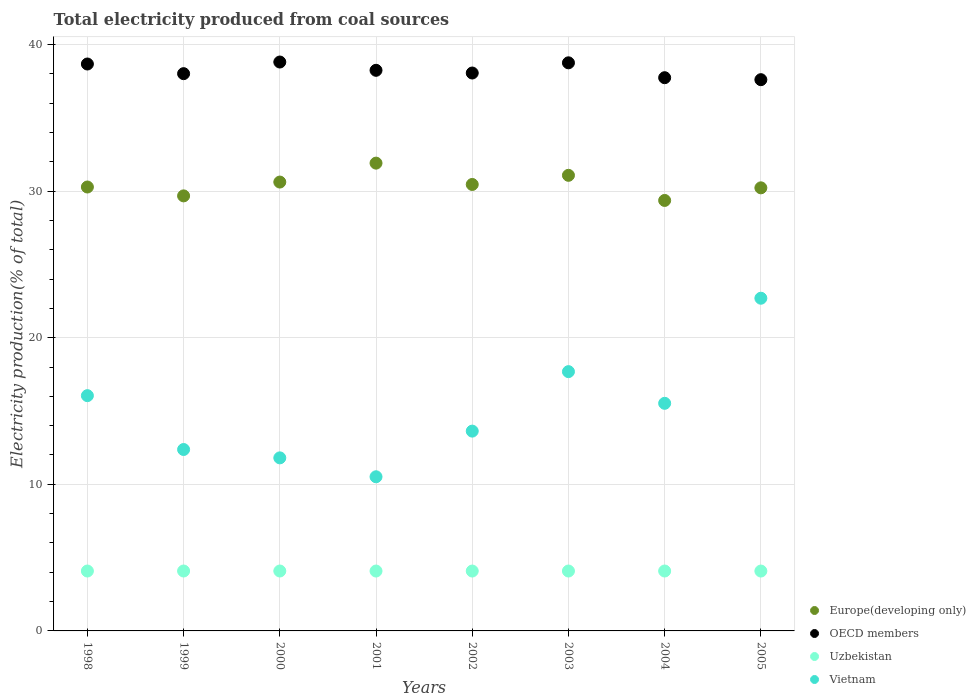
| Years | Europe(developing only) | OECD members | Uzbekistan | Vietnam |
 | --- | --- | --- | --- | --- |
 | 1998 | 30.3 | 38.7 | 4.08 | 16 |
 | 1999 | 29.7 | 38 | 4.09 | 12.4 |
 | 2000 | 30.6 | 38.8 | 4.09 | 11.8 |
 | 2001 | 31.9 | 38.2 | 4.08 | 10.5 |
 | 2002 | 30.4 | 38.1 | 4.08 | 13.6 |
 | 2003 | 31.1 | 38.7 | 4.09 | 17.7 |
 | 2004 | 29.4 | 37.7 | 4.09 | 15.5 |
 | 2005 | 30.2 | 37.6 | 4.08 | 22.7 |